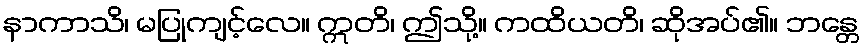
နာကာသိ၊ မပြုကျင့်လေ။ ဣတိ၊ ဤသို့။ ကထိယတိ၊ ဆိုအပ်၏။ ဘန္တေ